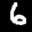
Label: 6